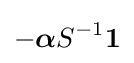
-{\boldsymbol {\alpha }}{S}^{-1}\mathbf {1}